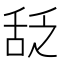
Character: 𬜆